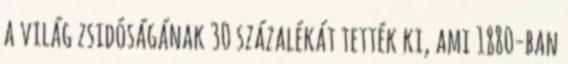
a világ zsidóságának 30 százalékát tették ki, ami 1880-ban